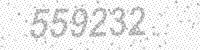
Solution: 559232